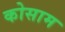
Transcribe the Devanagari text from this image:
कोसाम